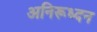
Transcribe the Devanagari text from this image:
अनिरूध्दन